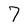
Character: 7